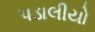
પડાલીયો